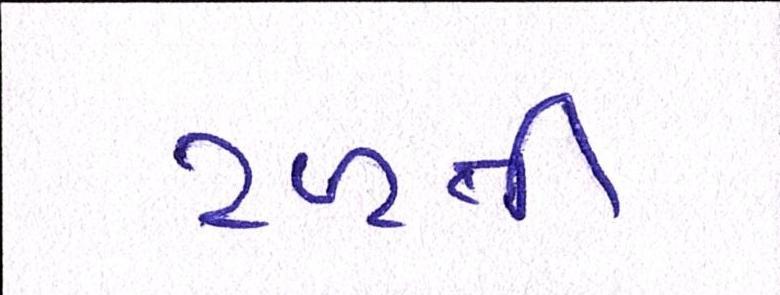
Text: ટળતી